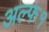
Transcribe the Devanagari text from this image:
अल्फ१